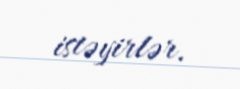
istəyirlər.